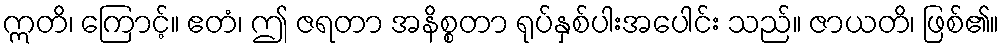
ဣတိ၊ ကြောင့်။ ဧတံ၊ ဤ ဇရတာ အနိစ္စတာ ရုပ်နှစ်ပါးအပေါင်း သည်။ ဇာယတိ၊ ဖြစ်၏။